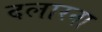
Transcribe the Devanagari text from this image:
दलारना